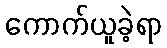
ကောက်ယူခဲ့ရာ